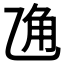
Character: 𱎆